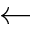
\leftarrow